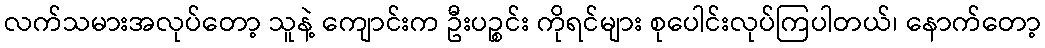
လက်သမားအလုပ်တော့ သူနဲ့ ကျောင်းက ဦးပဉ္စင်း ကိုရင်များ စုပေါင်းလုပ်ကြပါတယ်၊ နောက်တော့